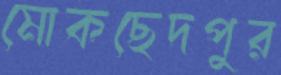
মোকছেদপুর